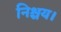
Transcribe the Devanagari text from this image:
निश्चय।